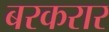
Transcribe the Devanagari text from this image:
बरकरार